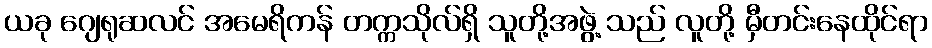
ယခု ဂျေရုဆလင် အမေရိကန် တက္ကသိုလ်ရှိ သူတို့အဖွဲ့ သည် လူတို့ မှီတင်းနေထိုင်ရာ